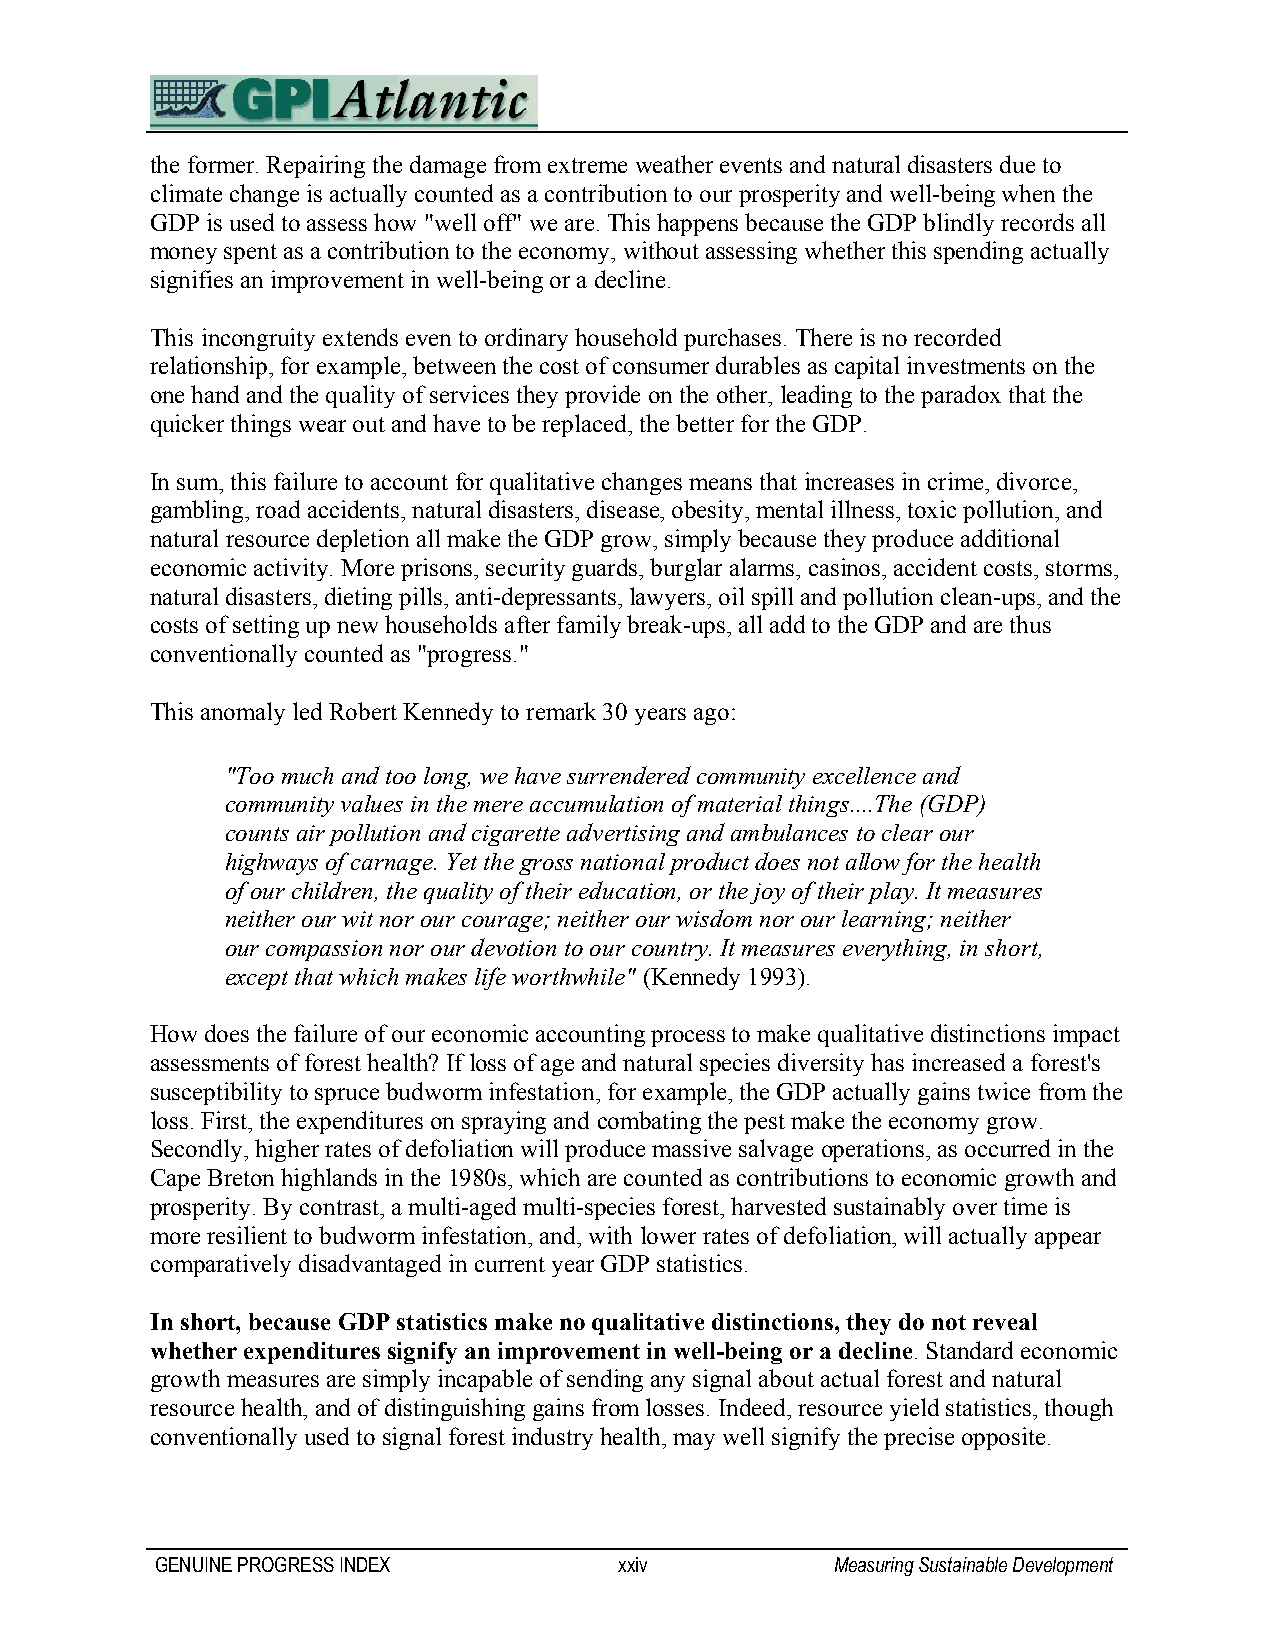
the former. Repairing the damage from extreme weather events and natural disasters due to
 climate change is actually counted as a contribution to our prosperity and well-being when the
 GDP is used to assess how "well off" we are. This happens because the GDP blindly records all
 money spent as a contribution to the economy, without assessing whether this spending actually
 signifies an improvement in well-being or a decline.
 This incongruity extends even to ordinary household purchases. There is no recorded
 relationship, for example, between the cost of consumer durables as capital investments on the
 one hand and the quality of services they provide on the other, leading to the paradox that the
 quicker things wear out and have to be replaced, the better for the GDP.
 In sum, this failure to account for qualitative changes means that increases in crime, divorce,
 gambling, road accidents, natural disasters, disease, obesity, mental illness, toxic pollution, and
 natural resource depletion all make the GDP grow, simply because they produce additional
 economic activity. More prisons, security guards, burglar alarms, casinos, accident costs, storms,
 natural disasters, dieting pills, anti-depressants, lawyers, oil spill and pollution clean-ups, and the
 costs of setting up new households after family break-ups, all add to the GDP and are thus
 conventionally counted as "progress."
 This anomaly led Robert Kennedy to remark 30 years ago:
 "Too much and too long, we have surrendered community excellence and
 community values in the mere accumulation of material things....The (GDP)
 counts air pollution and cigarette advertising and ambulances to clear our
 highways of carnage. Yet the gross national product does not allow for the health
 of our children, the quality of their education, or the joy of their play. It measures
 neither our wit nor our courage; neither our wisdom nor our learning; neither
 our compassion nor our devotion to our country. It measures everything, in short,
 except that which makes life worthwhile" (Kennedy 1993).
 How does the failure of our economic accounting process to make qualitative distinctions impact
 assessments of forest health? If loss of age and natural species diversity has increased a forest's
 susceptibility to spruce budworm infestation, for example, the GDP actually gains twice from the
 loss. First, the expenditures on spraying and combating the pest make the economy grow.
 Secondly, higher rates of defoliation will produce massive salvage operations, as occurred in the
 Cape Breton highlands in the 1980s, which are counted as contributions to economic growth and
 prosperity. By contrast, a multi-aged multi-species forest, harvested sustainably over time is
 more resilient to budworm infestation, and, with lower rates of defoliation, will actually appear
 comparatively disadvantaged in current year GDP statistics.
 In short, because GDP statistics make no qualitative distinctions, they do not reveal
 whether expenditures signify an improvement in well-being or a decline. Standard economic
 growth measures are simply incapable of sending any signal about actual forest and natural
 resource health, and of distinguishing gains from losses. Indeed, resource yield statistics, though
 conventionally used to signal forest industry health, may well signify the precise opposite.
 GENUINE PROGRESS INDEX         xxiv          Measuring Sustainable Development